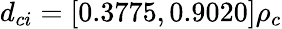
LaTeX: d_{ci}=[0.3775,0.9020]\rho_{c}